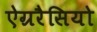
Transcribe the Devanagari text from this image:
ऐग्ररैसियो